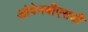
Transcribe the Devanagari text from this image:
ओपेनबीएसडी